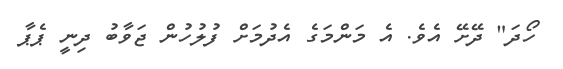
ހޯދަ" ދޭށޭ އެވެ. އެ މަންމަގެ އެދުމަށް ފުލުހުން ޖަވާބު ދިނީ ޕެޕާ